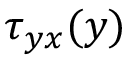
\tau _ { y x } ( y )